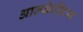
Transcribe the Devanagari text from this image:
आल्सेस्टिस